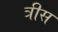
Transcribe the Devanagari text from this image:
त्रीस